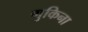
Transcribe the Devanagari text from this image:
गुकिना